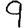
Digit: 9